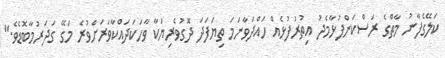
ކަލޭގެފާނު މާތްގެ ރަސްކަންފުޅާމެދު އިތުރުފުޅެއް ހައްދަވާނަމަ ތިޔަފަދަ ދޮގުވެރިޔަކާ ވާހަކަދައްކާވަރަށްވުރެ މަގޭ ގަދަރުމާބޮޑެވެ."